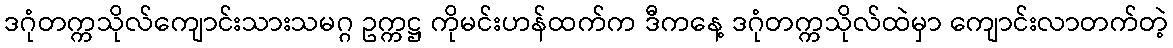
ဒဂုံတက္ကသိုလ်ကျောင်းသားသမဂ္ဂ ဥက္ကဋ္ဌ ကိုမင်းဟန်ထက်က ဒီကနေ့ ဒဂုံတက္ကသိုလ်ထဲမှာ ကျောင်းလာတက်တဲ့